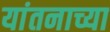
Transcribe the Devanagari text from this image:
यांतनाच्या